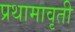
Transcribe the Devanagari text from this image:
प्रथामावृती